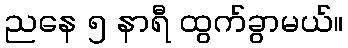
ညနေ ၅ နာရီ ထွက်ခွာမယ်။